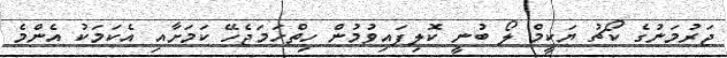
ޖަރުމަނުގެ ކޯޗު ޔަކީމް ލޯ ބުނީ ކޮލިފައިވުމުން ހިތްހަމަޖެހޭ ކަމަށާއި އެކަމަކު އެންމެ